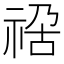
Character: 𥚁